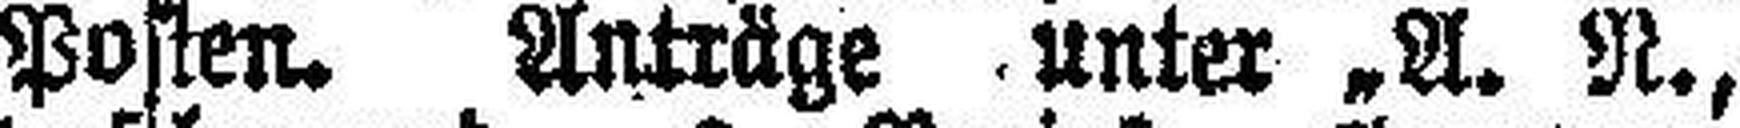
Posten. Anträge unter „A. N.,